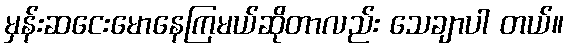
မှန်းဆငေးမောနေကြမယ်ဆိုတာလည်း သေချာပါ တယ်။